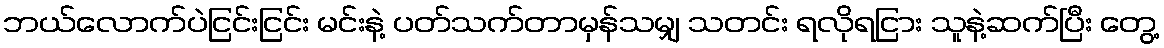
ဘယ်လောက်ပဲငြင်းငြင်း မင်းနဲ့ ပတ်သက်တာမှန်သမျှ သတင်း ရလိုရငြား သူနဲ့ဆက်ပြီး တွေ့